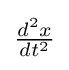
{\tfrac {d^{2}x}{dt^{2}}}